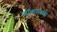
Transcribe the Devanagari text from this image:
लॉकरमध्ये